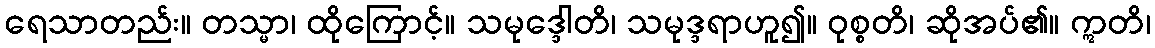
ရေသာတည်း။ တသ္မာ၊ ထိုကြောင့်။ သမုဒ္ဒေါတိ၊ သမုဒ္ဒရာဟူ၍။ ဝုစ္စတိ၊ ဆိုအပ်၏။ ဣတိ၊